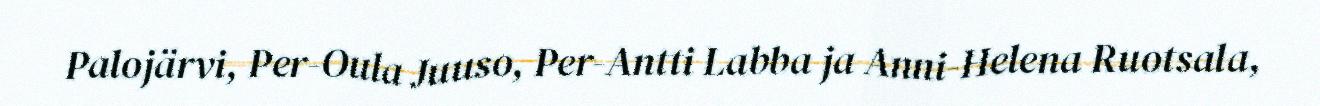
Palojärvi, Per-Oula Juuso, Per-Antti Labba ja Anni-Helena Ruotsala,